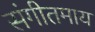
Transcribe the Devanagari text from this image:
संगीतमाय